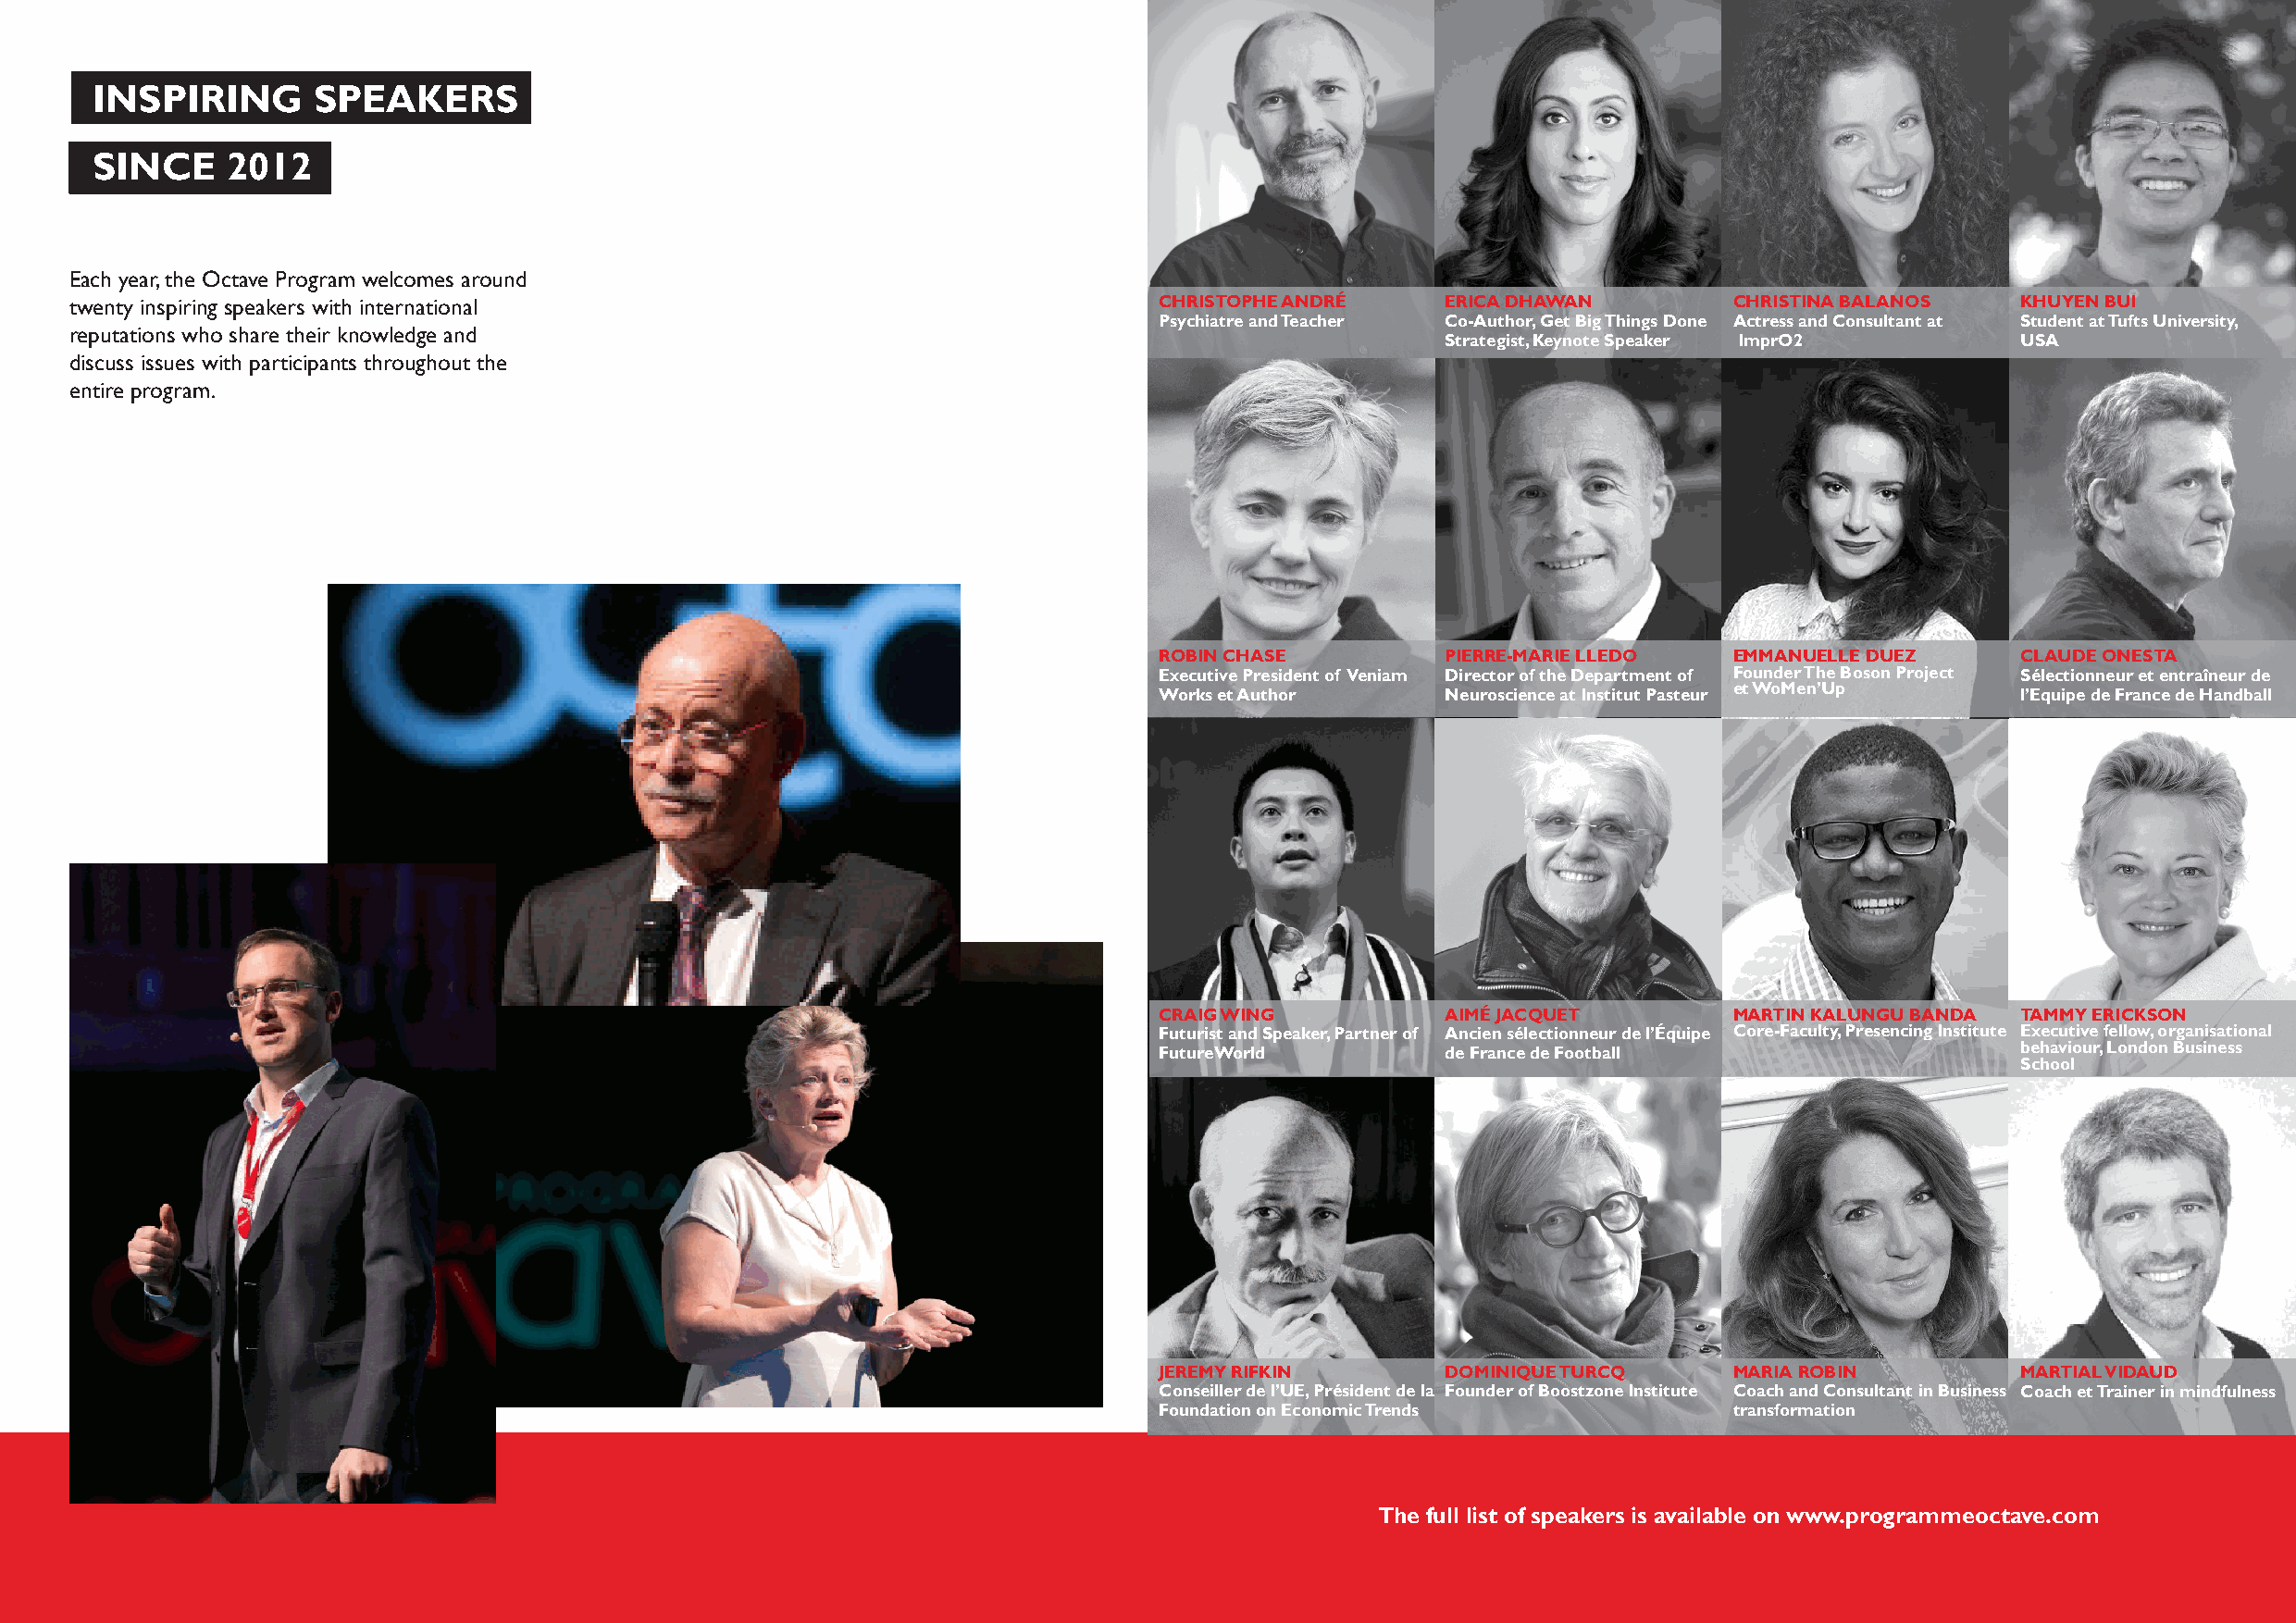
INSPIRING      SPEAKERS
 SINCE    2012
 Each year, the Octave Program welcomes around
 twenty inspiring speakers with international                                  CHRISTOPHE ANDRÉ    ERICA DHAWAN         CHRISTINA BALANOS    KHUYEN BUI
 Psychiatre and Teacher Co-Author, Get Big Things Done Actress and Consultant at Student at Tufts University,
 reputations who share their knowledge and
 Strategist, Keynote Speaker ImprO2        USA
 discuss issues with participants throughout the
 entire program.
 ROBIN CHASE         PIERRE-MARIE LLEDO   EMMANUELLE DUEZ      CLAUDE ONESTA
 Executive President of Veniam Director of the Department of Founder The Boson Project Sélectionneur et entraîneur de
 Works et Author     Neuroscience at Institut Pasteur et WoMen’Up l’Equipe de France de Handball
 CRAIG WING          AIMÉ JACQUET         MARTIN KALUNGU BANDA TAMMY ERICKSON
 Futurist and Speaker, Partner of Ancien sélectionneur de l’Équipe Core-Faculty, Presencing Institute Executive fellow, organisational
 FutureWorld         de France de Football                     behaviour, London Business
 School
 JEREMY RIFKIN       DOMINIQUE TURCQ      MARIA ROBIN          MARTIAL VIDAUD
 Conseiller de l’UE, Président de la Founder of Boostzone Institute Coach and Consultant in Business Coach et Trainer in mindfulness
 Foundation on Economic Trends            transformation
 The full list of speakers is available on www.programmeoctave.com